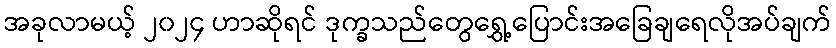
အခုလာမယ့် ၂၀၂၄ ဟာဆိုရင် ဒုက္ခသည်တွေရွှေ့ပြောင်းအခြေချရေလိုအပ်ချက်